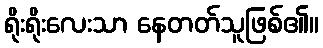
ရိုးရိုးလေးသာ နေတတ်သူဖြစ်၏။